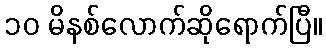
၁၀ မိနစ်လောက်ဆိုရောက်ပြီ။